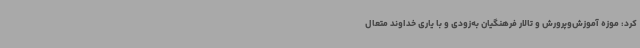
کرد: موزه آموزش‌وپرورش و تالار فرهنگیان به‌زودی و با یاری خداوند متعال